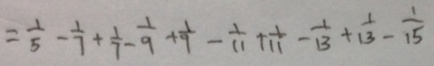
= \frac { 1 } { 5 } - \frac { 1 } { 7 } + \frac { 1 } { 7 } - \frac { 1 } { 9 } + \frac { 1 } { 9 } - \frac { 1 } { 1 1 } + \frac { 1 } { 1 1 } - \frac { 1 } { 1 3 } + \frac { 1 } { 1 3 } - \frac { 1 } { 1 5 }